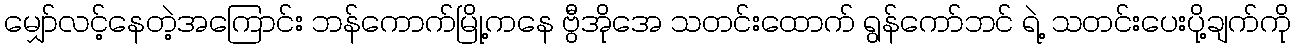
မျှော်လင့်နေတဲ့အကြောင်း ဘန်ကောက်မြို့ကနေ ဗွီအိုအေ သတင်းထောက် ရွန်ကော်ဘင် ရဲ့ သတင်းပေးပို့ချက်ကို